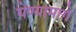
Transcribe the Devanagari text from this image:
घेण्यामागे